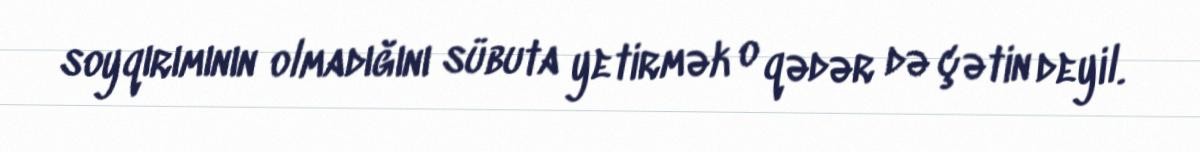
soyqırımının olmadığını sübuta yetirmək o qədər də çətin deyil.